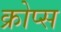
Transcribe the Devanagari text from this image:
क्रोप्स